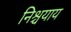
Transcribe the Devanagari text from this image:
निश्चयाय